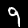
Label: 9